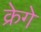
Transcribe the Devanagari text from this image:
क्रेगे